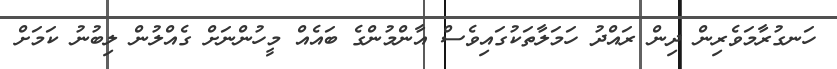
ހަނގުރާމަވެރިން ދިން ރައްދު ހަމަލާތަކުގައިވެސް އާންމުންގެ ބައެއް މީހުންނަށް ގެއްލުން ލިބުނު ކަމަށް